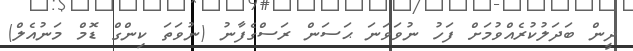
ދީން ބަދަލުކުރެއްވުމަށް ފަހު ނުވަވަނަ ޙަސަން ރަސްގެފާނު (ނުވަތަ ކިންގް ޑޮމް މަނުއެލް)